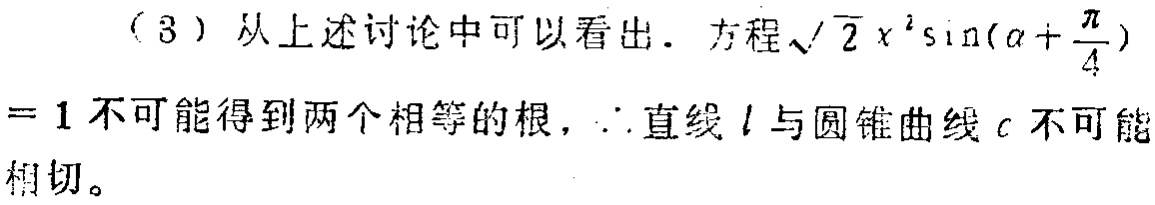
（3）从上述讨论中可以看出. 方程\(\sqrt{2}x^{2}\sin(\alpha+\frac{\pi}{4}) = 1\)不可能得到两个相等的根, \(\therefore\)直线\(l\)与圆锥曲线\(c\)不可能相切。